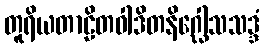
တူရိယတာဠိတဝါဒိတနိဂ္ဃေါသသဒ္ဒံ